65_HS1-834228961_62-HQ-83894_Section_9
Agency: FBI
Page 22
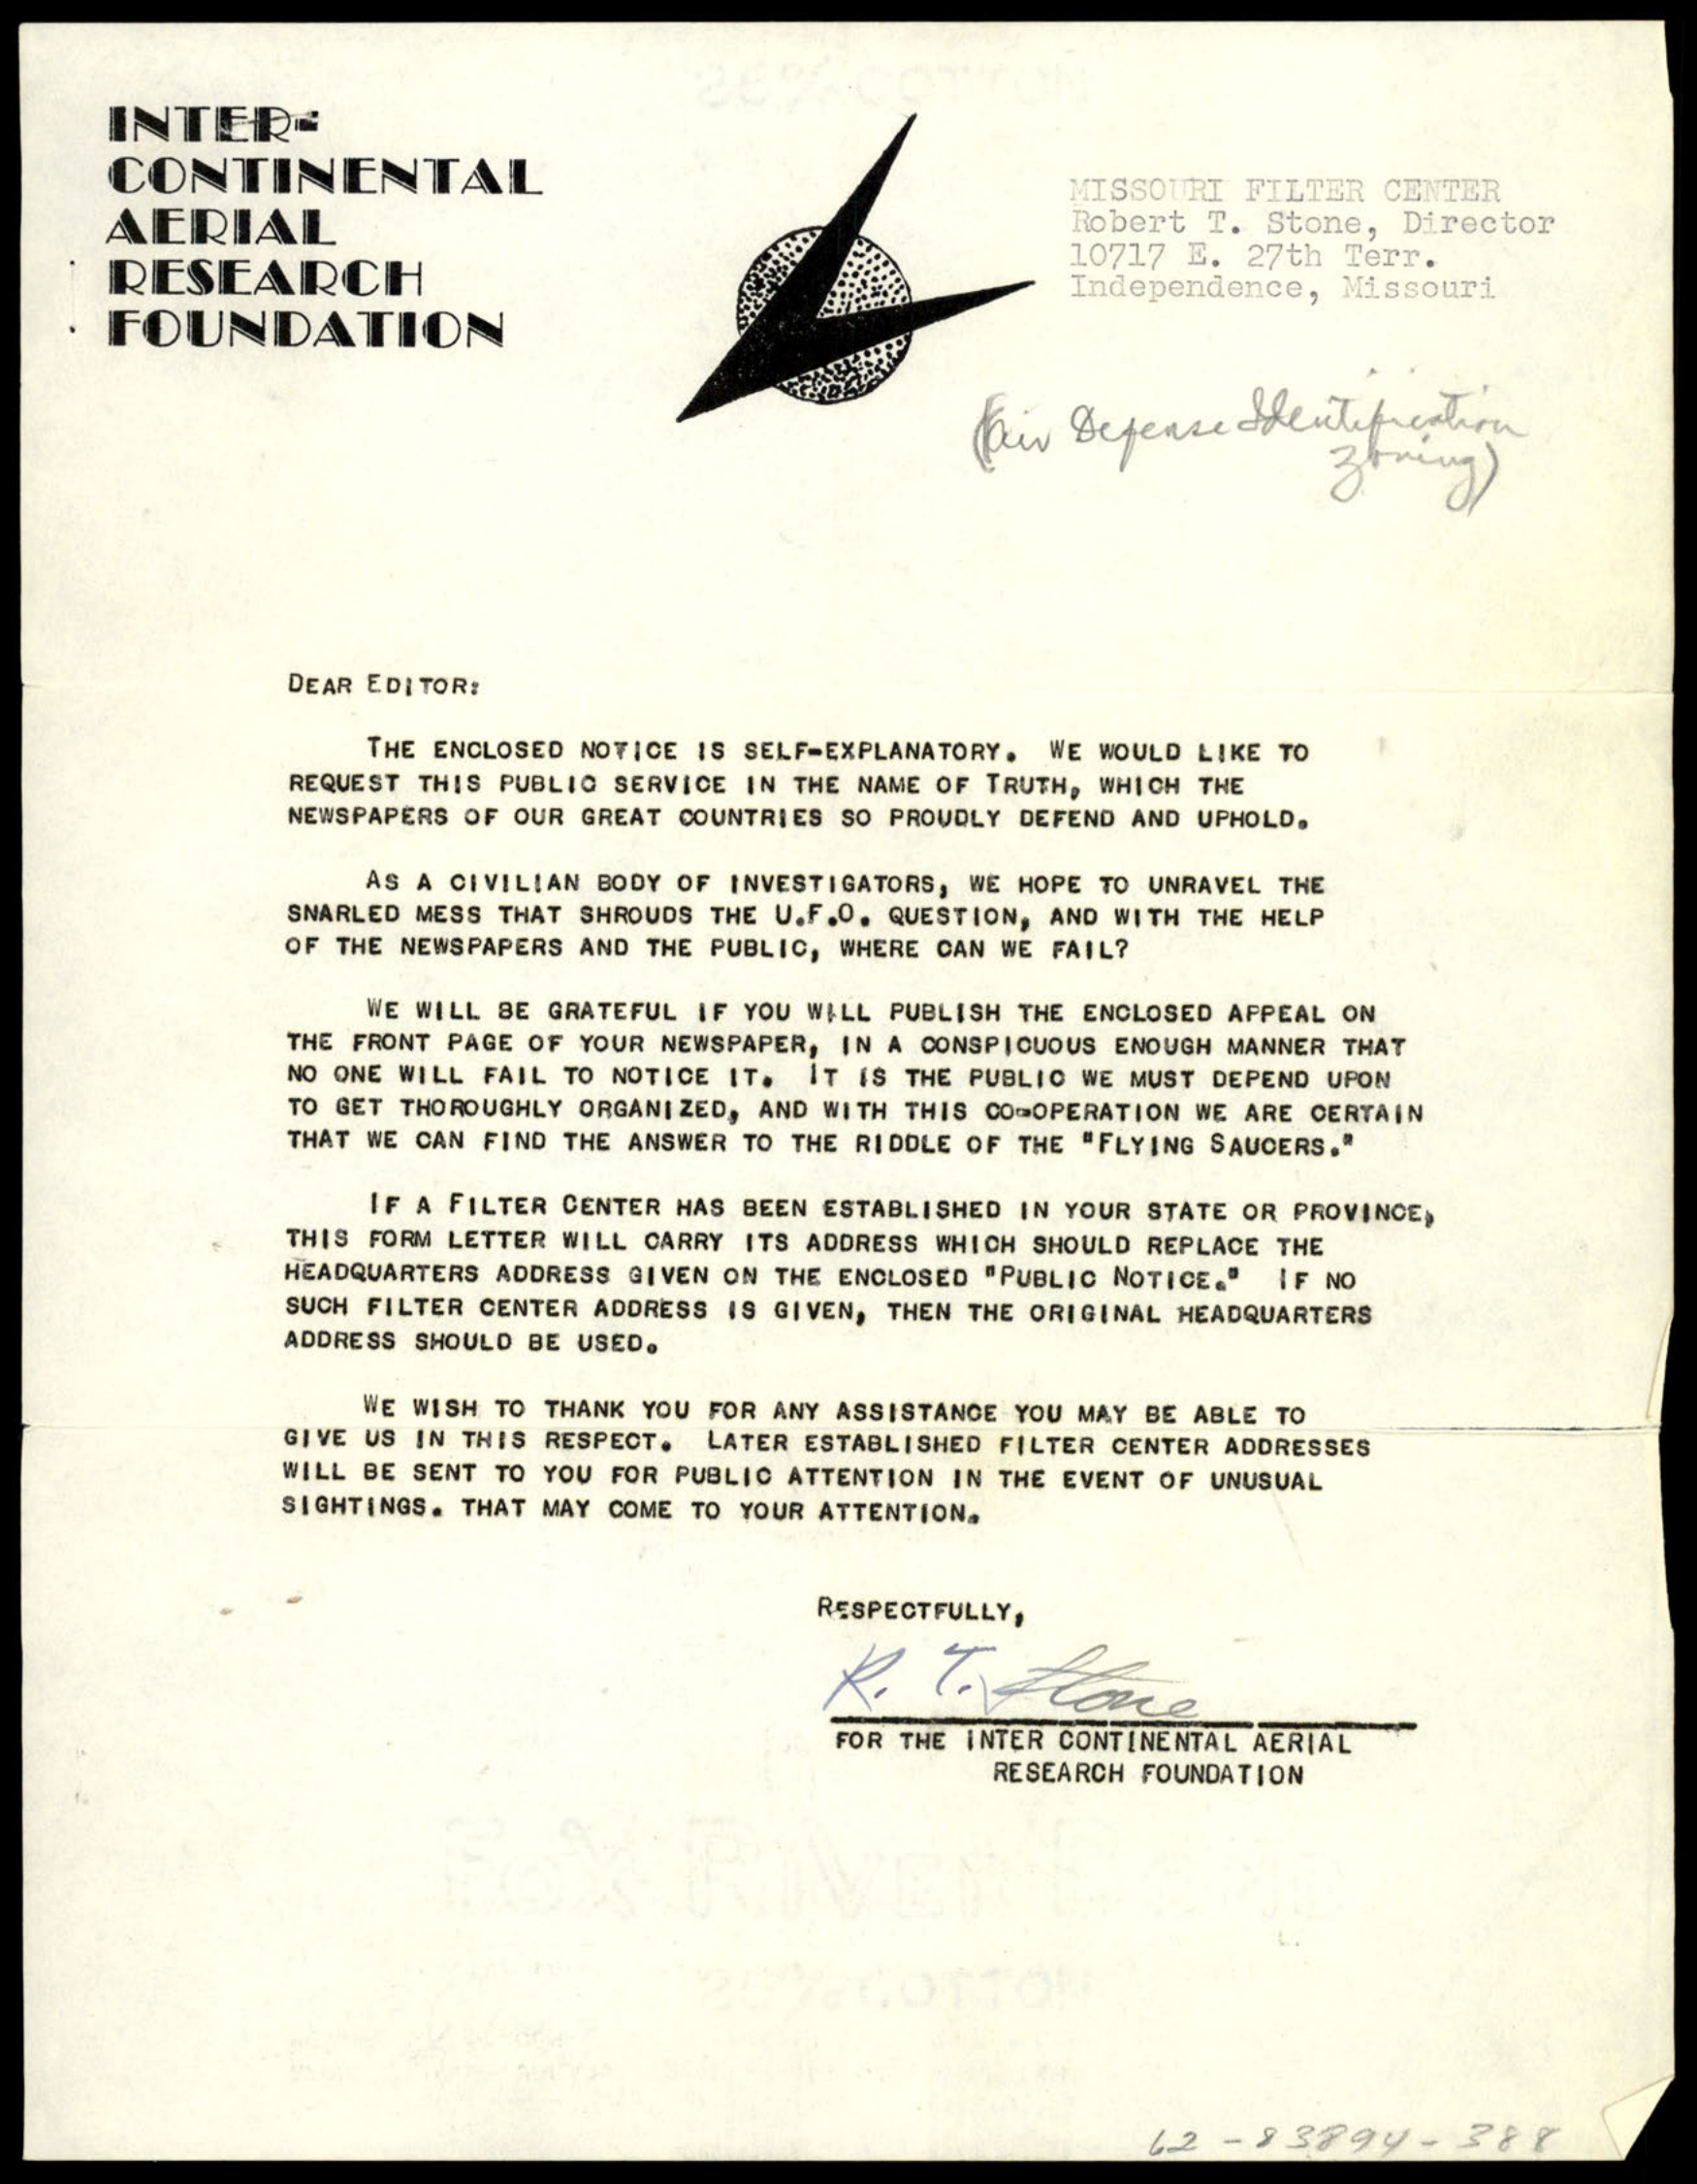